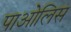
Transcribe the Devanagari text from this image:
पाओलिस